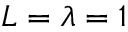
L = \lambda = 1